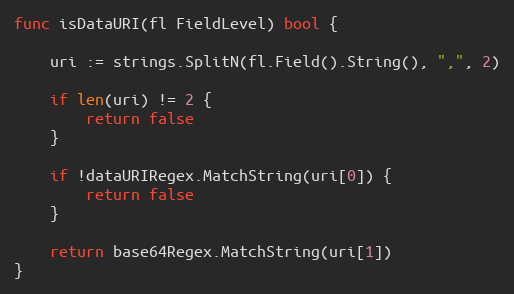
Language: Go
func isDataURI(fl FieldLevel) bool {

	uri := strings.SplitN(fl.Field().String(), ",", 2)

	if len(uri) != 2 {
		return false
	}

	if !dataURIRegex.MatchString(uri[0]) {
		return false
	}

	return base64Regex.MatchString(uri[1])
}